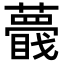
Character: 𧂝